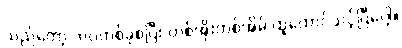
သည်တော့ ဘဝတစ်ခုစပြီး တစ်အိုးတစ်အိမ် ထူထောင်သင့်ပြီပေါ့။